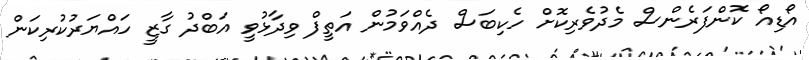
އޯޑިއޯ ކޮންފަރެންސް މެދުވެރިކޮށް ހެކިބަސް ދެއްވަމުން އަތީފް ވިދާޅުވީ އަބްދު ގާޒީ ހައްޔަރުކުރިކަން